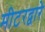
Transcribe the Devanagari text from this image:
मीटरद्वारे